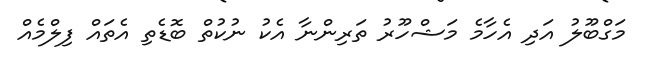
މަގްބޫލު އަދި އެހާމެ މަޝްހޫރު ތަރިންނާ އެކު ނުކުތް ބޮޑެތި އެތައް ފިލްމެއް